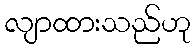
လျာထားသည်ဟု